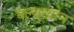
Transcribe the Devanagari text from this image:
क्ल्युखोन